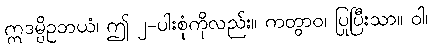
ဣဒမ္ပိဥဘယံ၊ ဤ ၂-ပါးစုံကိုလည်း။ ကတွာဝ၊ ပြုပြီးသာ။ ဝါ၊